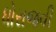
ધોરાજવી